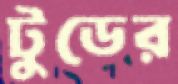
টুডের